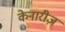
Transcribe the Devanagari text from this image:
केनारीज़